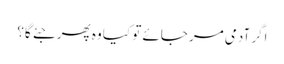
اگر آدمی مر جائے تو کیا وہ پھر جئے گا؟